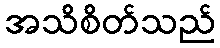
အသိစိတ်သည်